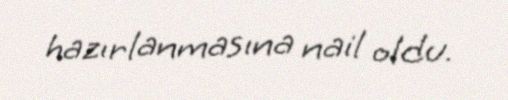
hazırlanmasına nail oldu.